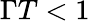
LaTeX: \Gamma T<1